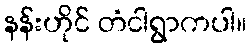
နန်းဟိုင် တံငါရွာကပါ။